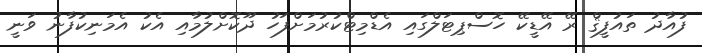
ފުއާދު ތައުފީޤް ރޭ އޭޑީކޭ ހޮސްޕިޓަލްގައި އެޑްމިޓްކުރުމަށްފަހު ދޫކޮށްލުމާއި އެކު އެމަނިކުފާނު ވަނީ